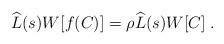
LaTeX: \begin{align*}\widehat{L}(s)W[f(C)]=\rho \widehat{L}(s)W[C]\; .\end{align*}